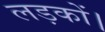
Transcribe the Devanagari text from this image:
लड़कों।